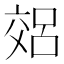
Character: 𫡽